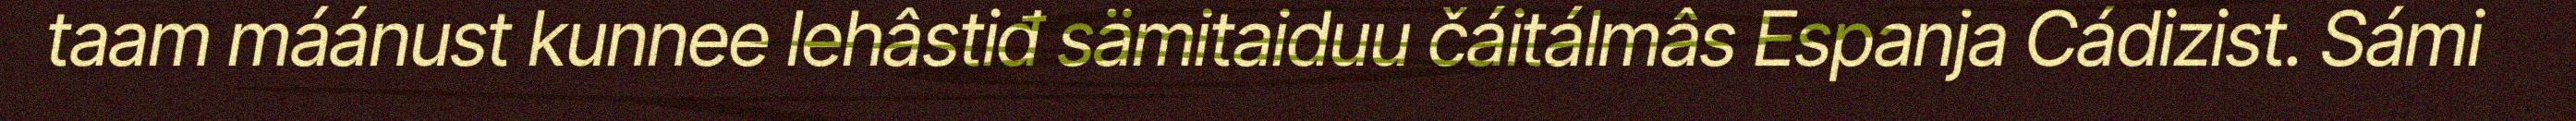
taam máánust kunnee lehâstiđ sämitaiduu čáitálmâs Espanja Cádizist. Sámi